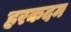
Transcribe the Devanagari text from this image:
हरकदम